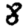
Digit: 8